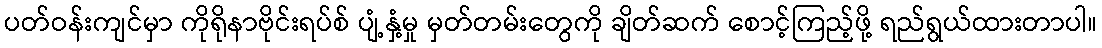
ပတ်ဝန်းကျင်မှာ ကိုရိုနာဗိုင်းရပ်စ် ပျံ့နှံ့မှု မှတ်တမ်းတွေကို ချိတ်ဆက် စောင့်ကြည့်ဖို့ ရည်ရွယ်ထားတာပါ။